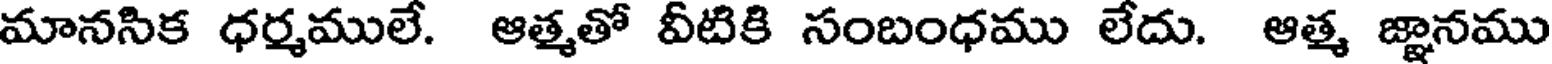
మానసిక ధర్మములే. ఆత్మతో వీటికి సంబంధము లేదు. ఆత్మ జ్ఞానము